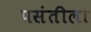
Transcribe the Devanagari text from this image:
पसंतीला